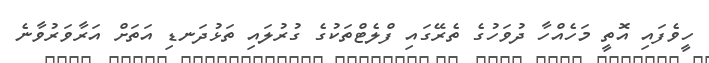
ހީވެފައި އޮތީ މަހެއްހާ ދުވަހުގެ ތެރޭގައި ފްލެޓްތަކުގެ ގުރުލައި ތަޅުދަނޑި އަތަށް އަރާވަރުވާނެ